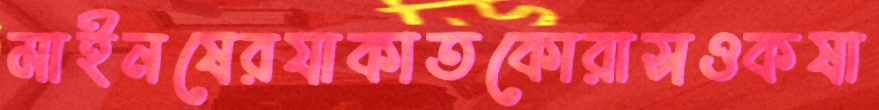
মাইনষেরযাকাতকোরাসওকষা